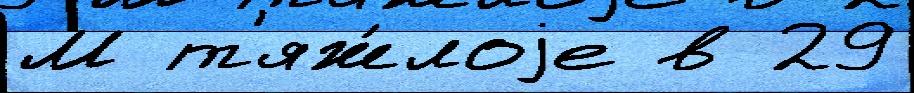
М т'яж́лоjе в 29